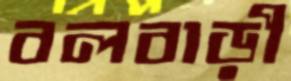
বলবাড়ী